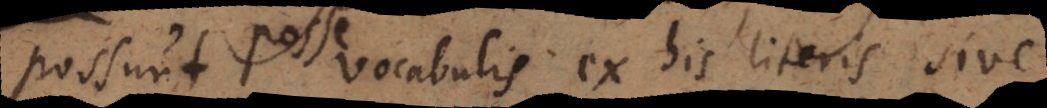
possunt posse vocabulis ex his literis sive